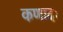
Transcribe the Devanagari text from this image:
कणादः